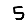
Digit: 5